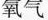
氧气